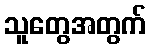
သူတွေအတွက်